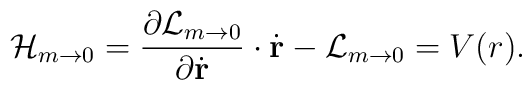
{\cal H}_{m\to 0} = {{\partial {\cal L}_{m\to 0} } \over   {\partial \dot{\rm\bf r}}} \cdot \dot{\rm\bf r} -{\cal L}_{m\to 0}   = V( r).